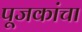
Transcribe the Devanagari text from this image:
पूजकांचा